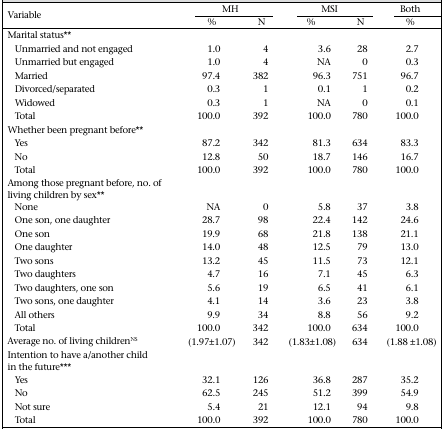
| <ROWSPAN=2> Variable | <COLSPAN=2> MH | <COLSPAN=2> MSI | Both |
 | % | N | % | N | % |
 | --- | --- | --- | --- | --- | --- |
 | <COLSPAN=6> Marital status** |
 | Unmarried and not engaged | 1.0 | 4 | 3.6 | 28 | 2.7 |
 | Unmarried but engaged | 1.0 | 4 | NA | 0 | 0.3 |
 | Married | 97.4 | 382 | 96.3 | 751 | 96.7 |
 | Divorced/separated | 0.3 | 1 | 0.1 | 1 | 0.2 |
 | Widowed | 0.3 | 1 | NA | 0 | 0.1 |
 | Total | 100.0 | 392 | 100.0 | 780 | 100.0 |
 | <COLSPAN=6> Whether been pregnant before** |
 | Yes | 87.2 | 342 | 81.3 | 634 | 83.3 |
 | No | 12.8 | 50 | 18.7 | 146 | 16.7 |
 | Total | 100.0 | 392 | 100.0 | 780 | 100.0 |
 | <COLSPAN=6> Among those pregnant before, no. of living children by sex** |
 | None | NA | 0 | 5.8 | 37 | 3.8 |
 | One son, one daughter | 28.7 | 98 | 22.4 | 142 | 24.6 |
 | One son | 19.9 | 68 | 21.8 | 138 | 21.1 |
 | One daughter | 14.0 | 48 | 12.5 | 79 | 13.0 |
 | Two sons | 13.2 | 45 | 11.5 | 73 | 12.1 |
 | Two daughters | 4.7 | 16 | 7.1 | 45 | 6.3 |
 | Two daughters, one son | 5.6 | 19 | 6.5 | 41 | 6.1 |
 | Two sons, one daughter | 4.1 | 14 | 3.6 | 23 | 3.8 |
 | All others | 9.9 | 34 | 8.8 | 56 | 9.2 |
 | Total | 100.0 | 342 | 100.0 | 634 | 100.0 |
 | Average no. of living childrenNS | (1.97±1.07) | 342 | (1.83±1.08) | 634 | (1.88 ±1.08) |
 | <COLSPAN=6> Intention to have a/another child in the future*** |
 | Yes | 32.1 | 126 | 36.8 | 287 | 35.2 |
 | No | 62.5 | 245 | 51.2 | 399 | 54.9 |
 | Not sure | 5.4 | 21 | 12.1 | 94 | 9.8 |
 | Total | 100.0 | 392 | 100.0 | 780 | 100.0 |